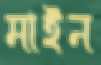
মাইন